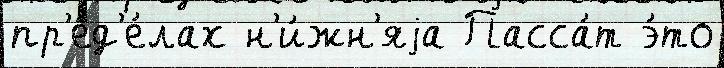
пр'ед'е́лах н'и́жн'яjа Пасса́т э́то